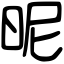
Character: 昵